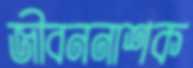
জীবননাশক